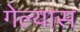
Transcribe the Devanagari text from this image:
गेल्‍यास